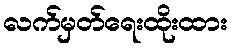
လက်မှတ်ရေးထိုးထား